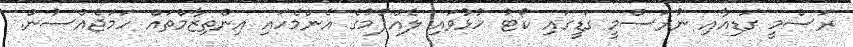
ރަސްމީ ގަޑިއާއި ނުރަސްމީ ގަޑީގައި ކޯޓު ހުޅުވައި ލެއްޕުމުގެ އެންމެހައި އިންތިޒާމްތައް ހަމަޖެއްސުން.